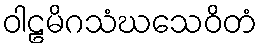
ဝါဠမိဂသံဃသေဝိတံ